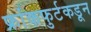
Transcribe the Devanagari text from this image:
फ्रांकफुर्टकडून